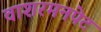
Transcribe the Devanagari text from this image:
वाशरमनपेट